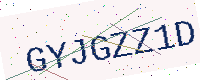
Text: GYJGZZ1D